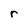
Character: r